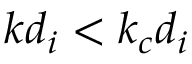
k d _ { i } < k _ { c } d _ { i }